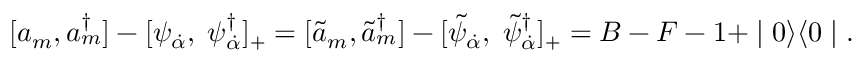
[ a _ { m } , a _ { m } ^ { \dagger } ] - [ \psi _ { \dot { \alpha } } , \; \psi _ { \dot { \alpha } } ^ { \dagger } ] _ { + } = [ \tilde { a } _ { m } , \tilde { a } _ { m } ^ { \dagger } ] - [ \tilde { \psi } _ { \dot { \alpha } } , \; \tilde { \psi } _ { \dot { \alpha } } ^ { \dagger } ] _ { + } = B - F - 1 + \mid 0 \rangle \langle 0 \mid .